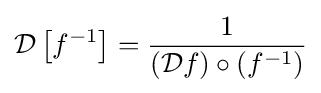
{\mathcal {D}}\left[f^{-1}\right]={\frac {1}{({\mathcal {D}}f)\circ \left(f^{-1}\right)}}